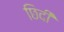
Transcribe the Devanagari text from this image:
छिदी